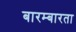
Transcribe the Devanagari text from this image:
बारम्‍बारता